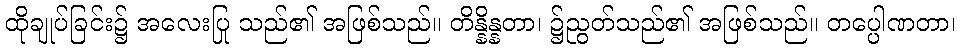
ထိုချုပ်ခြင်း၌ အလေးပြု သည်၏ အဖြစ်သည်။ တိန္နိန္နတာ၊ ၌ညွတ်သည်၏ အဖြစ်သည်။ တပ္ပေါဏတာ၊